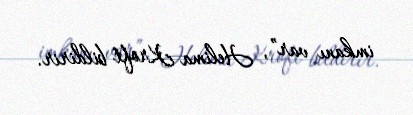
imkanı var”, Helima Kroft bildirir.